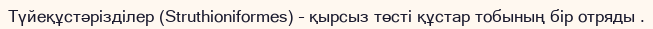
Түйеқұстәрізділер (Struthioniformes) – қырсыз төсті құстар тобының бір отряды .